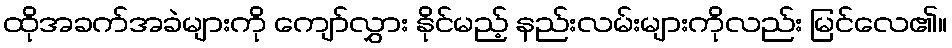
ထိုအခက်အခဲများကို ကျော်လွှား နိုင်မည့် နည်းလမ်းများကိုလည်း မြင်လေ၏။